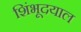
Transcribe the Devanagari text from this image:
शिंभूदयाल